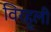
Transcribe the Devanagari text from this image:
विरहुली